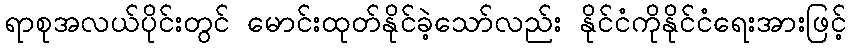
ရာစုအလယ်ပိုင်းတွင် မောင်းထုတ်နိုင်ခဲ့သော်လည်း နိုင်ငံကိုနိုင်ငံရေးအားဖြင့်